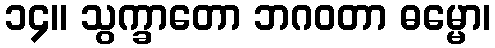
၁၄။ သွက္ခာတော ဘဂဝတာ ဓမ္မော၊